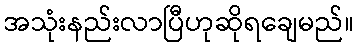
အသုံးနည်းလာပြီဟုဆိုရချေမည်။